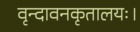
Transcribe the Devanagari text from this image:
वृन्दावनकृतालयः।